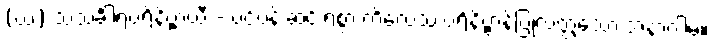
(ဃ) သသင်္ခါရပရိနိဗ္ဗာယီ - ပင်ပန်းဆင်းရဲစွာ ကိလေသ ပရိနိဗ္ဗာန်ပြုလတ္တံ့သော အနာဂါမ်။